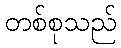
တစ်စုသည်